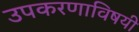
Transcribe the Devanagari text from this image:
उपकरणाविषयी